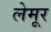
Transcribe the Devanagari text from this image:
लेमूर